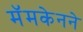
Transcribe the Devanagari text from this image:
मॅमकेनने